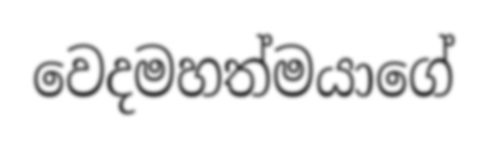
වෙදමහත්මයාගේ